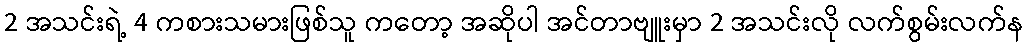
2 အသင်းရဲ့ 4 ကစားသမားဖြစ်သူ ကတော့ အဆိုပါ အင်တာဗျူးမှာ 2 အသင်းလို လက်စွမ်းလက်န